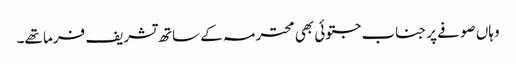
وہاں صوفے پر جناب جتوئی بھی محترمہ کے ساتھ تشریف فرما تھے۔